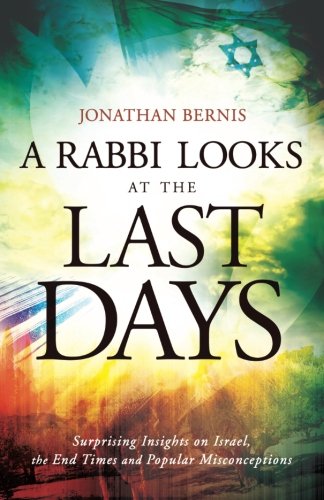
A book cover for A Rabbi Looks at the Last Days: Surprising Insights on Israel, the End Times and Popular Misconceptions; Jonathan Bernis; Christian Books & Bibles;